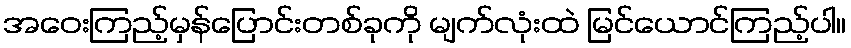
အဝေးကြည့်မှန်ပြောင်းတစ်ခုကို မျက်လုံးထဲ မြင်ယောင်ကြည့်ပါ။